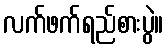
လက်ဖက်ရည်စားပွဲ။